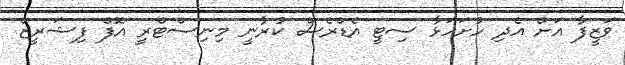
ވަޒީފާ އަށް އެދި ހުށަހަޅާ ސިޓީ އެޑްރެސް ކުރާނީ މިނިސްޓްރީ އޮފް ފިޝަރީޒް